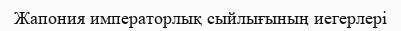
Жапония императорлық сыйлығының иегерлері